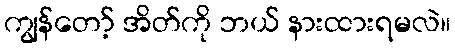
ကျွန်တော့် အိတ်ကို ဘယ် နားထားရမလဲ။